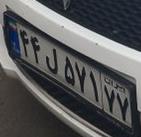
۴۴ل۵۷۱۷۷